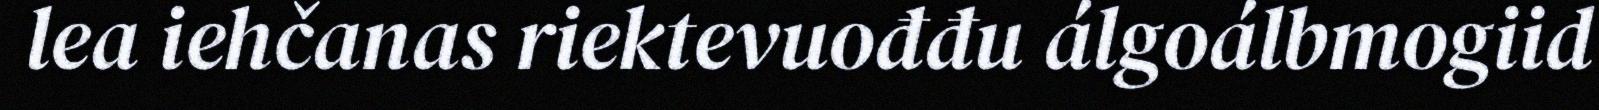
lea iehčanas riektevuođđu álgoálbmogiid